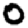
Digit: 0